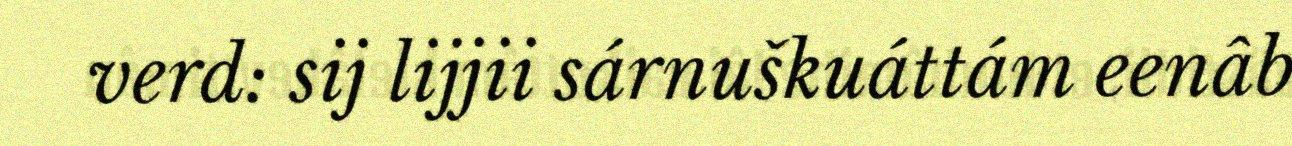
verd: sij lijjii sárnuškuáttám eenâb